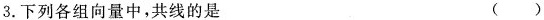
3.下列各组向量中，共线的是 ( )